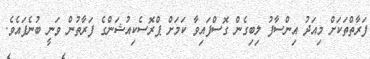
ފަރާތްތަކަށް މިއަދު އިންސާފު ލިބިގެން ގޮސްފައިވާ ކަމަށް ޕްރޮސެކިއުޝަންގެ ފަރާތުން ވަނީ ބުނެފައެވެ.